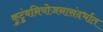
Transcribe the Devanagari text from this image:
कुटुंबनियोजनासंदर्भात